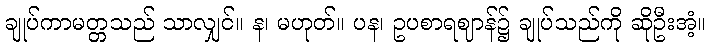
ချုပ်ကာမတ္တသည် သာလျှင်။ န၊ မဟုတ်။ ပန၊ ဥပစာရဈာန်၌ ချုပ်သည်ကို ဆိုဦးအံ့။